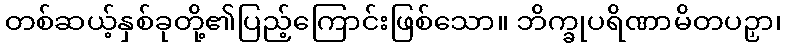
တစ်ဆယ့်နှစ်ခုတို့၏ပြည့်ကြောင်းဖြစ်သော။ ဘိက္ခုပရိဏာမိတပဉှာ၊